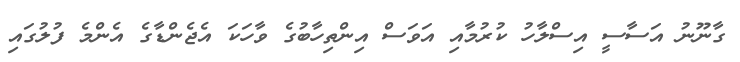
ގާނޫނު އަސާސީ އިސްލާހު ކުރުމާއި އަވަސް އިންތިހާބުގެ ވާހަކަ އެޖެންޑާގެ އެންމެ ފުލުގައި